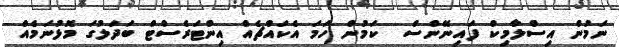
ނަމުން އިސްލާމިކް ފައިނޭންސް  ކަމުން ހަމަ އެކައްޗެއް އިންޓަރެސްޓް ބަދަލުގަ މޮޅުނަމެއް